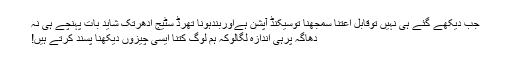
جب دیکھے گئے ہی نہیں توقابلِ اعتنا سمجھنا توسیکنڈ آپشن ہےاوربندہونا تھرڈ سٹیج ادھرتک شاید بات پہنچے ہی نہ
دھاگہ پرہی اندازہ لگالوکہ ہم لوگ کتنا ایسی چیزوں دیکھنا پسند کرتے ہیں!